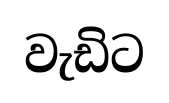
වැඩිට